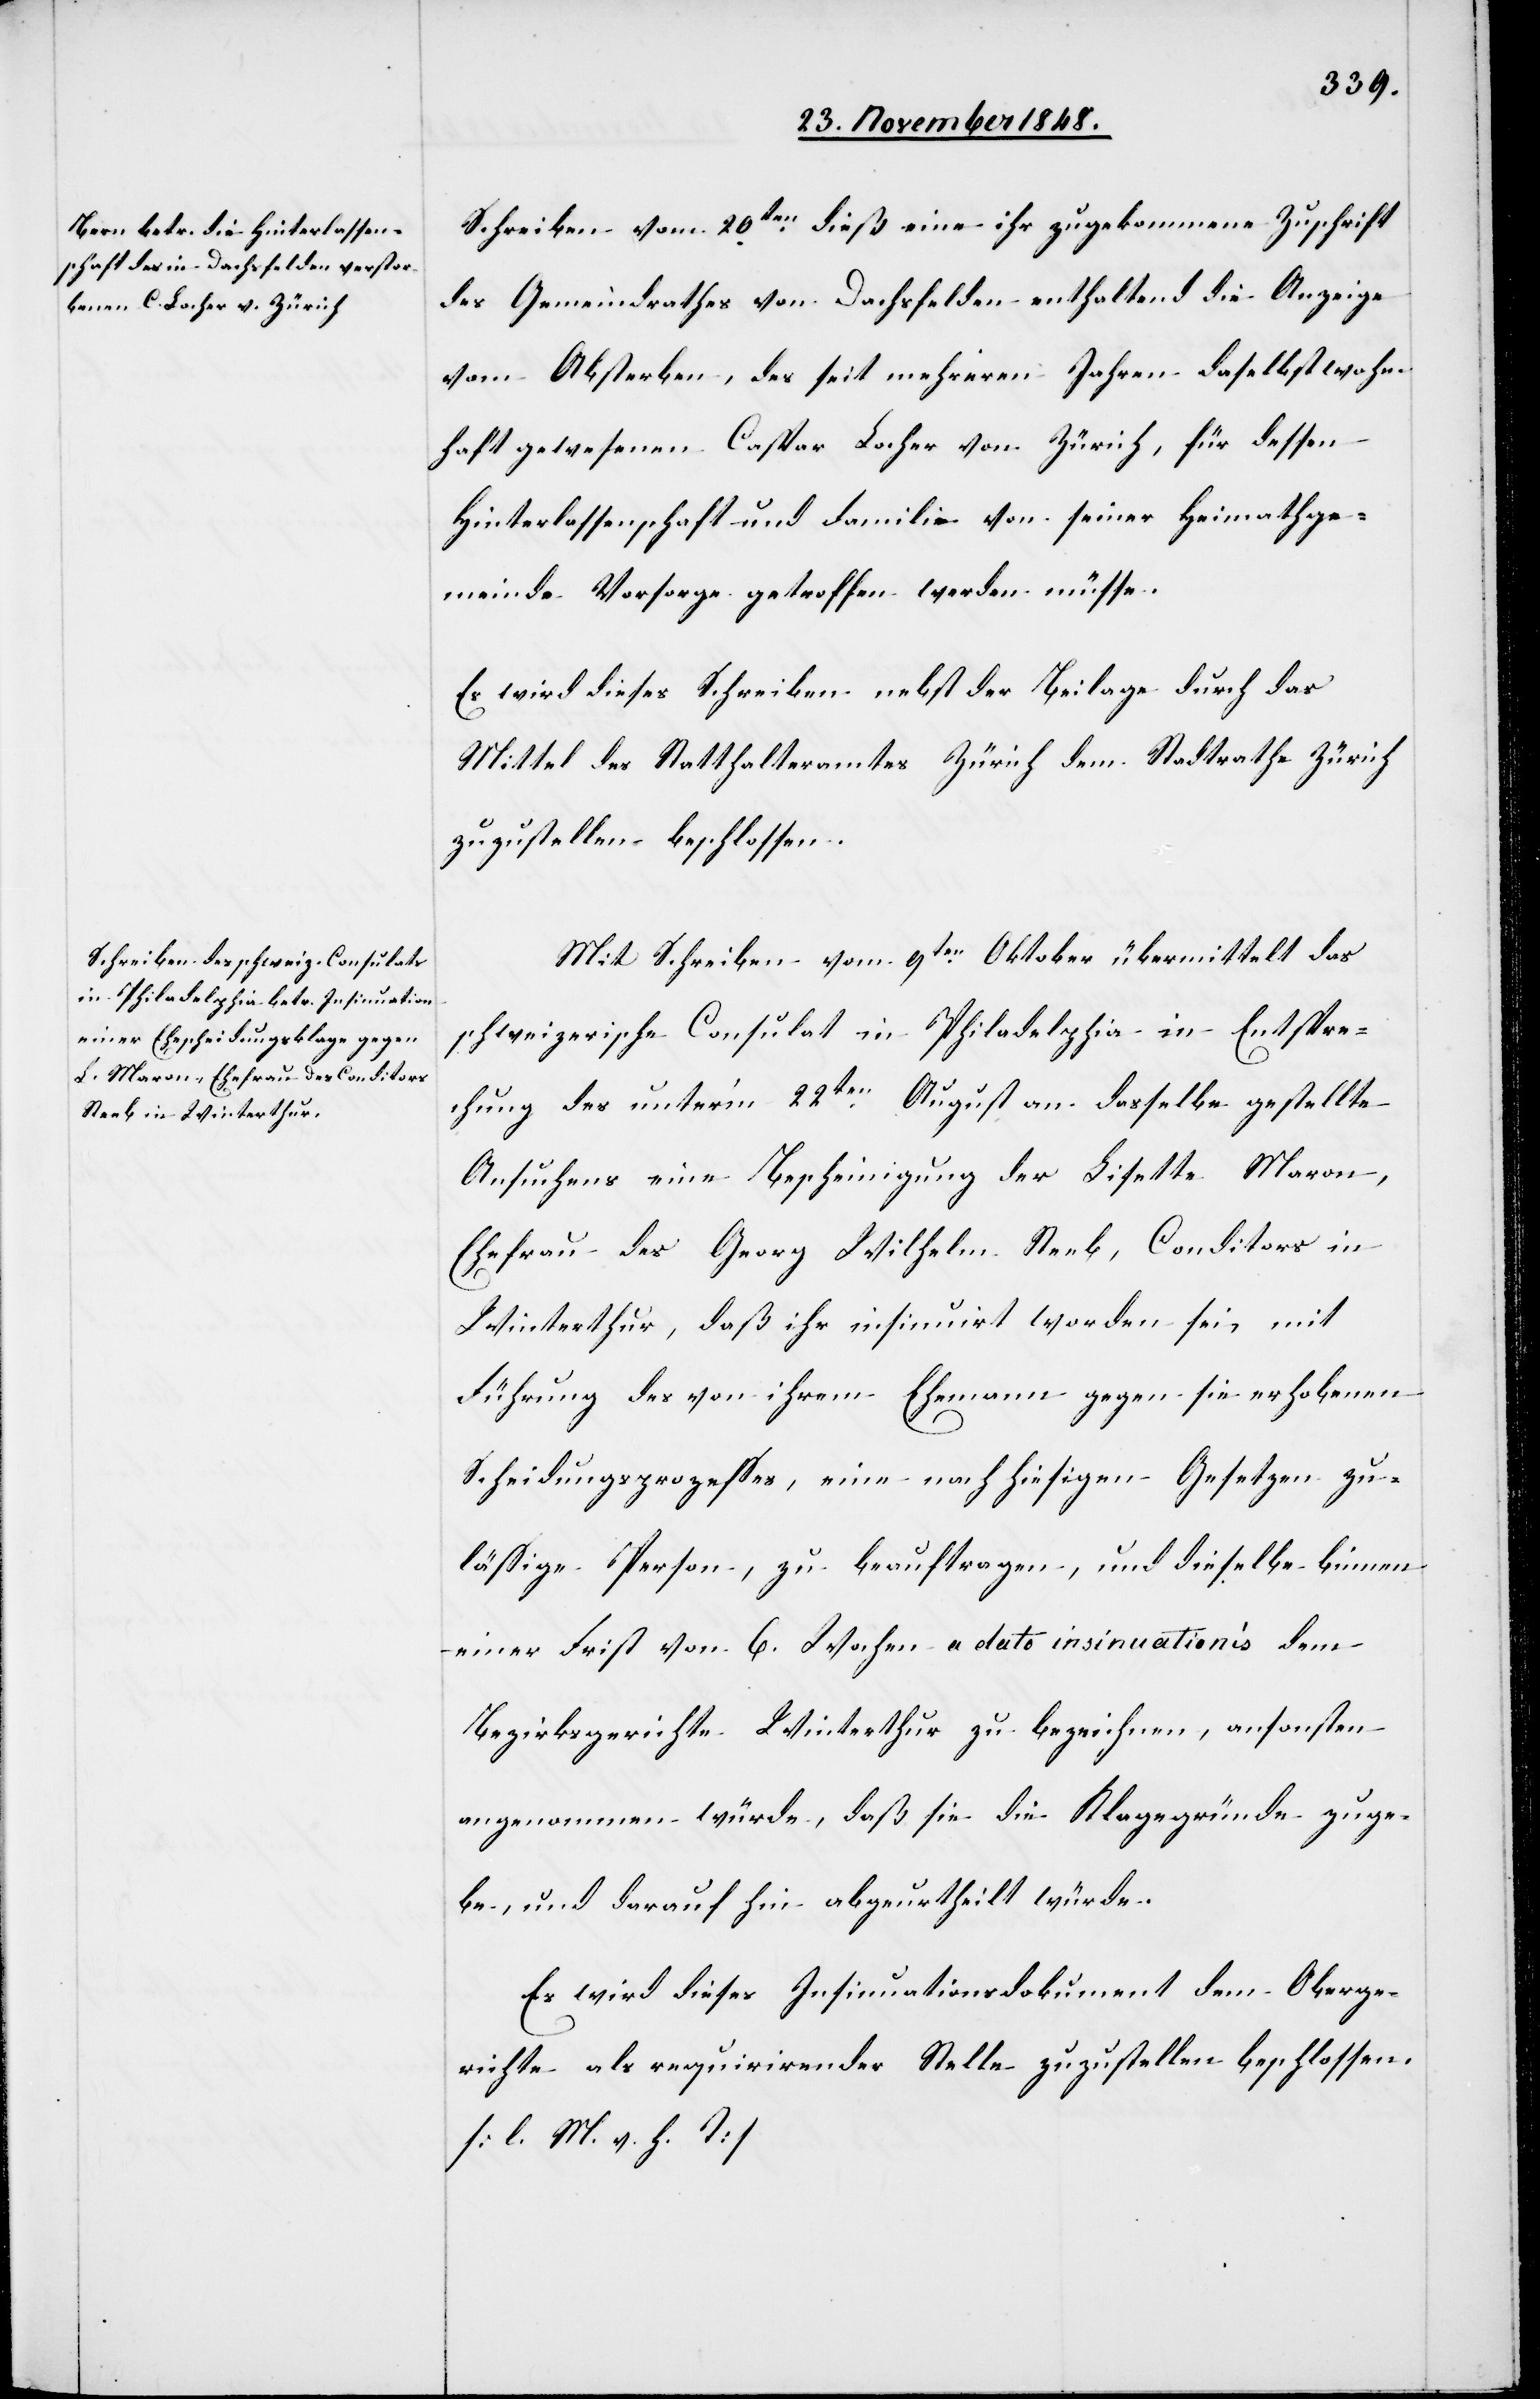
Schreiben vom 20ten dieß eine ihr zugekommene Zuschrift
des Gemeindrathes von Dachsfelden enthaltend die Anzeige
vom Absterben, das seit mehreren Jahren daselbst wohn¬
haft gewesenen Caspar Locher von Zürich, für dessen
Hinterlassenschaft und Familie von seiner Heimathge¬
meinde Vorsorge getroffen werden müsse.
Es wird dieses Schreiben nebst den Beilagen durch das
Mittel des Statthalteramtes Zürich dem Stadtrathe Zürich
zuzustellen beschlossen.
Mit Schreiben vom 9ten Oktober übermittelt das
schweizerische Consulat in Philadelphia in Entspre¬
chung des unter’m 22ten August an dasselbe gestellte
Ansuchens eine Bescheinigung der Lisette Maron,
Ehefrau den Georg Wilhelm Steeb, Conditors in
Winterthur, daß ihr insinuirt worden sei, mit
Führung des von ihrem Ehemann gegen sie erhobene
Scheidungsprozesses, eine nach hiesigen Gesetzen zu¬
läßige Person, zu beauftragen, und dieselbe binnen
einer Frist von 6. Wochen a dato insinuationis dem
Bezirksgerichte Winterthur zu bezeichnen, ansonsten
angenommen würde, daß sie die Klagegründe zuge¬
be, und darauf hin abgeurtheilt würde.
Es wird dieses Insinuationsdokument dem Oberge¬
richte als requirirender Stelle zuzustellen beschlossen.
[l. M. v. h. T]